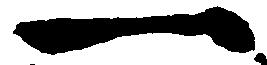
一